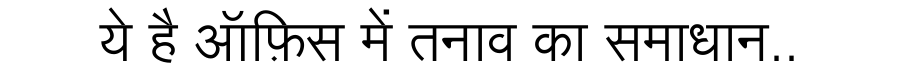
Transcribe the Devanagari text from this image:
ये है ऑफ़िस में तनाव का समाधान..